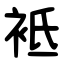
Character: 袛